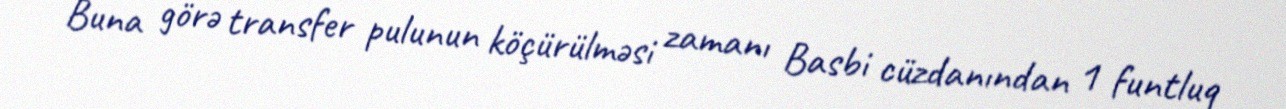
Buna görə transfer pulunun köçürülməsi zamanı Basbi cüzdanından 1 funtluq